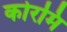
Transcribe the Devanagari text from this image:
कोरमि